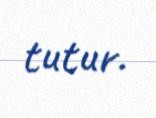
tutur.